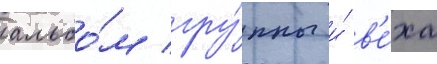
альбо́м гру́ппы и́ в'е́ха